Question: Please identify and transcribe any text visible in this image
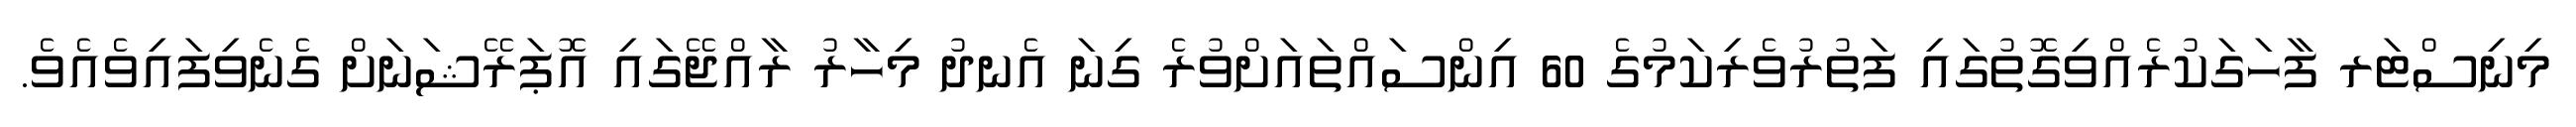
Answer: މިނިސްޓަރ ފާހަގަކުރެއްވިގޮތުގައި ފަތުރުވެރިކަމުގެ 60 އިންސައްތައަށްވުރެ ގިނަ އެނދު މިހާރު ރާއްޖޭގައި އޮޕަރޭޝަނަށް ގެނެވިފައިވެއެވެ.